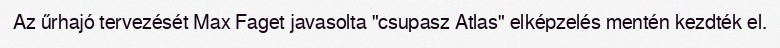
Az űrhajó tervezését Max Faget javasolta "csupasz Atlas" elképzelés mentén kezdték el.